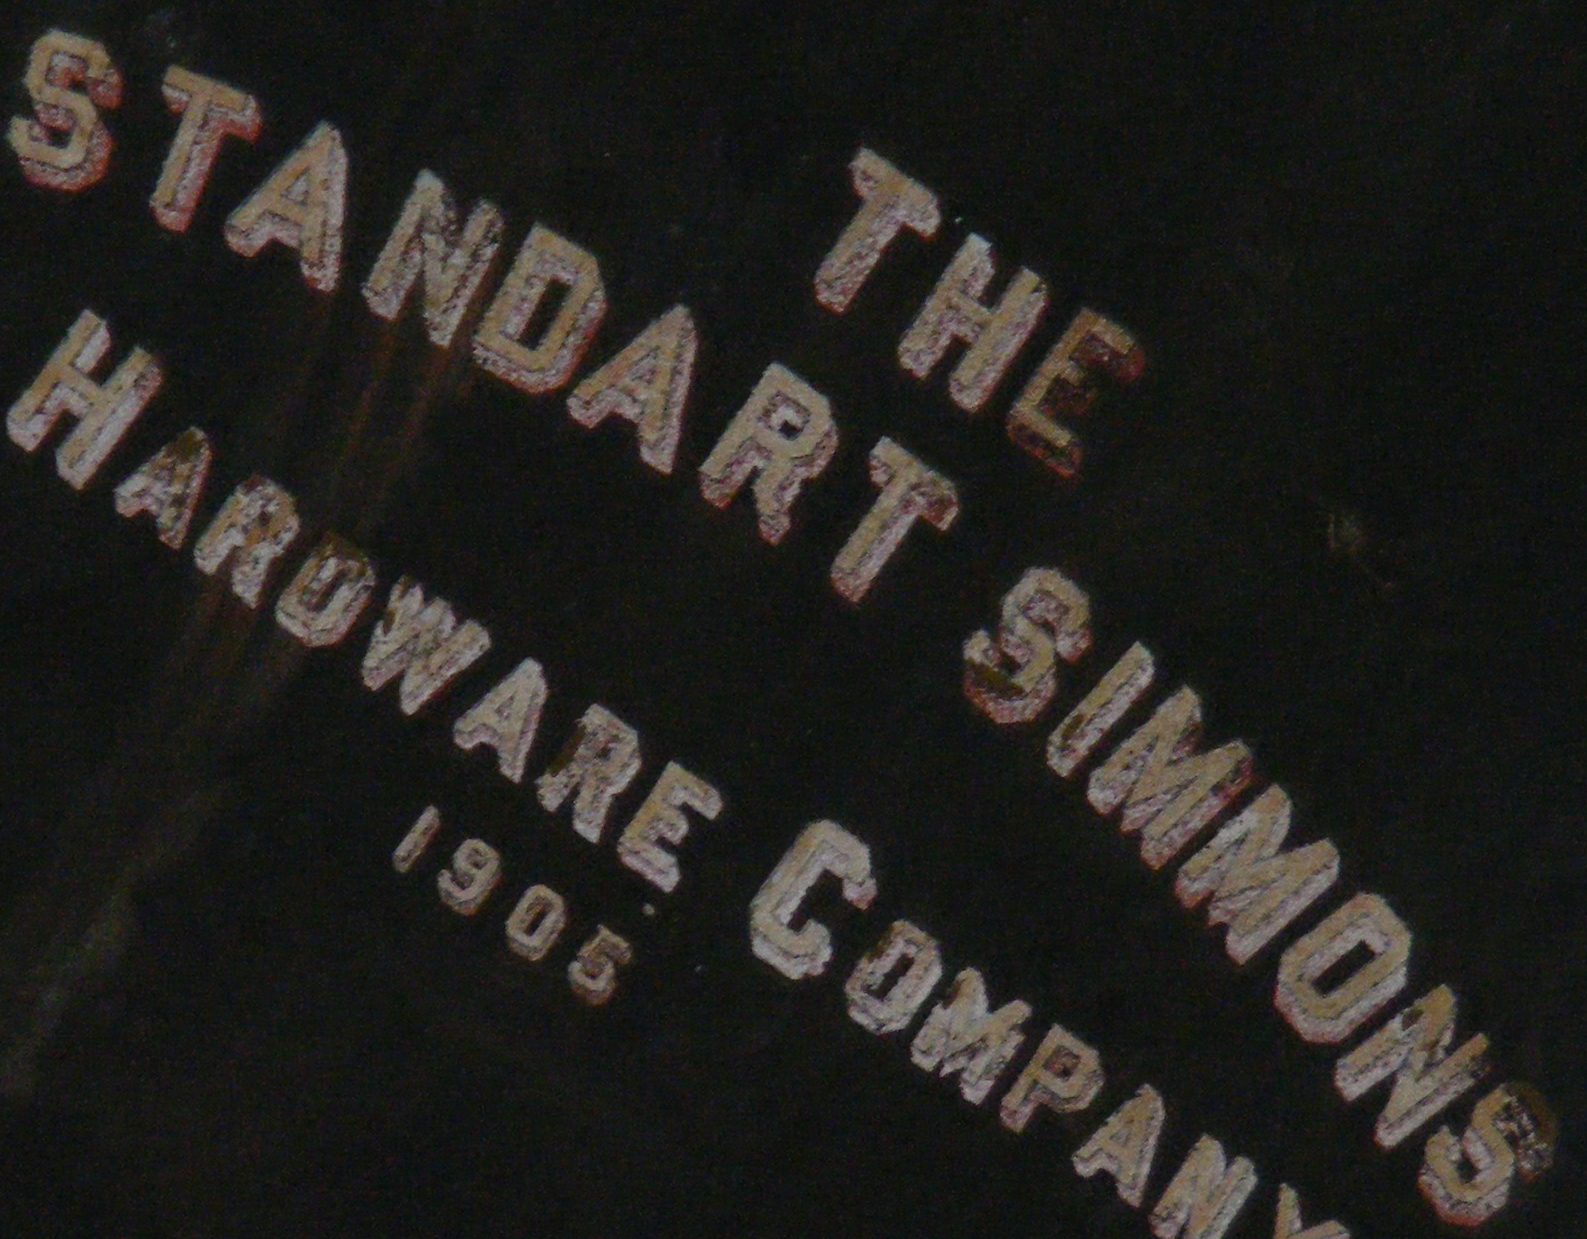
STANDART SIMMONS